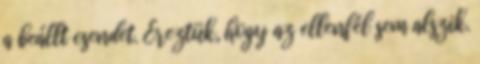
a beállt csendet. Éreztük, hogy az ellenfél sem alszik.